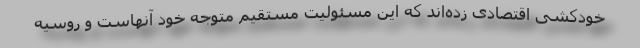
خودکشی اقتصادی زده‌اند که این مسئولیت مستقیم متوجه خود آنهاست و روسیه